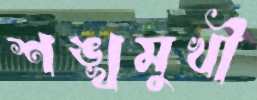
শঙ্খমুখী